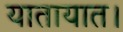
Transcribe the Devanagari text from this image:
यातायात।